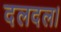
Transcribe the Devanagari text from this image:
दलदल।